Source: Handwritten
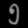
Digit: ၅ (5)